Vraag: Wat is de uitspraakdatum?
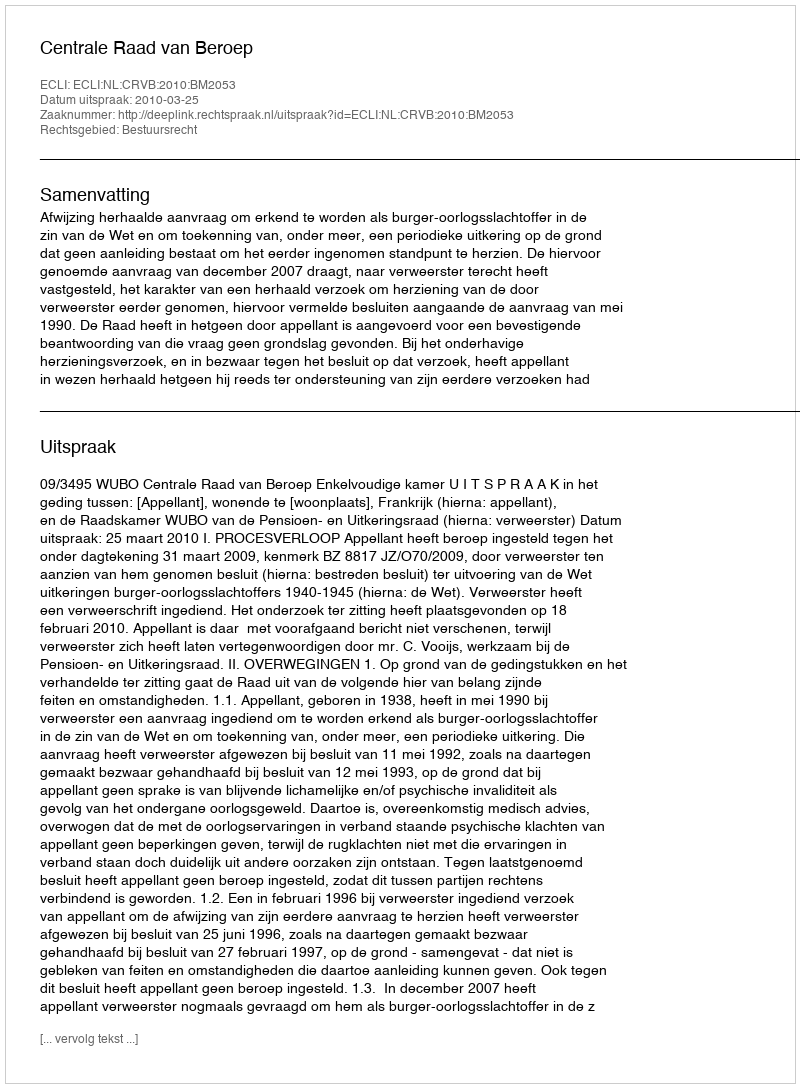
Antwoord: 2010-03-25